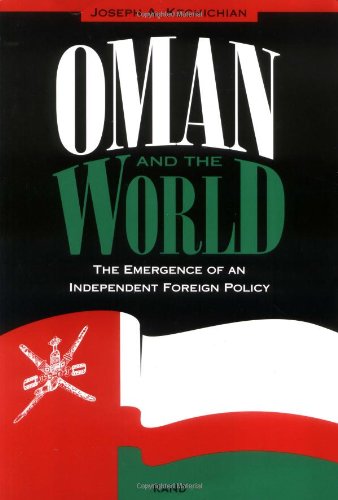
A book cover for Oman and the World: The Emergence of an Independent Foreign Policy; Joseph A. Kechichian; History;